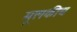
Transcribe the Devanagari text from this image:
मूलकीय